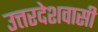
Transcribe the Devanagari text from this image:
उत्तरदेशवासी